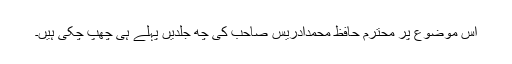
اس موضوع پر محترم حافظ محمدادریس صاحب کی چھ جلدیں پہلے ہی چھپ چکی ہیں۔